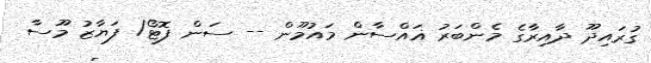
ގުރައިދޫ ދާއިރާގެ މެންބަރު ޣައްސާން މައުމޫން -- ސަން ފޮޓޯ/ ފަޔާޒު މޫސާ